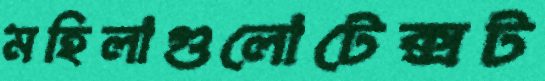
মহিলাগুলোটেক্সট